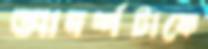
আদর্শটাকে